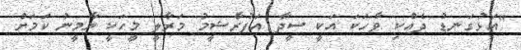
"އަޅުގަނޑު ދެއްކި ވާހަކަ އަކީ ސީދާ އަފުރާޝީމު މަރާލީ މީހަކީ ޔާމީނު ކަމަށް